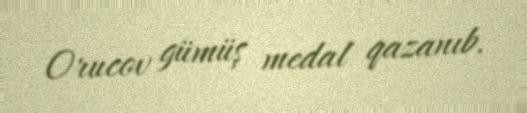
Orucov gümüş medal qazanıb.